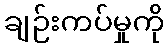
ချဉ်းကပ်မှုကို